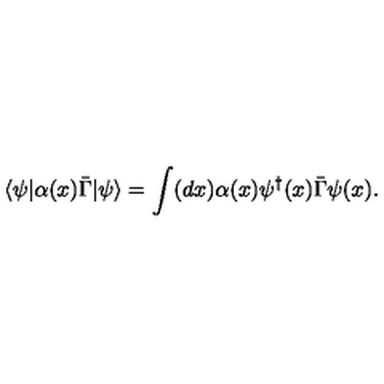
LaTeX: \langle \psi | \alpha ( x ) \bar { \Gamma } | \psi \rangle = \int ( d x ) \alpha ( x ) \psi ^ { \dagger } ( x ) \bar { \Gamma } \psi ( x ) .